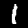
Digit: 1